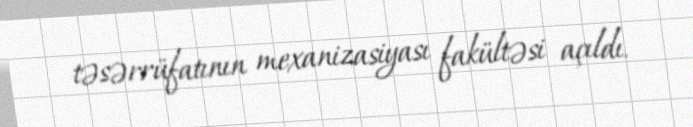
təsərrüfatının mexanizasiyası fakültəsi açıldı.